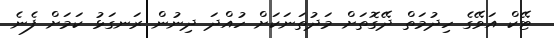
ޓޭކް އަވޭގެ ހިދުމަތް ދޭގޮތަށް މަދުތަނަކަށް ހުއްދަ ދިނުން ރަނގަޅު ކަމަށް ފެނެ